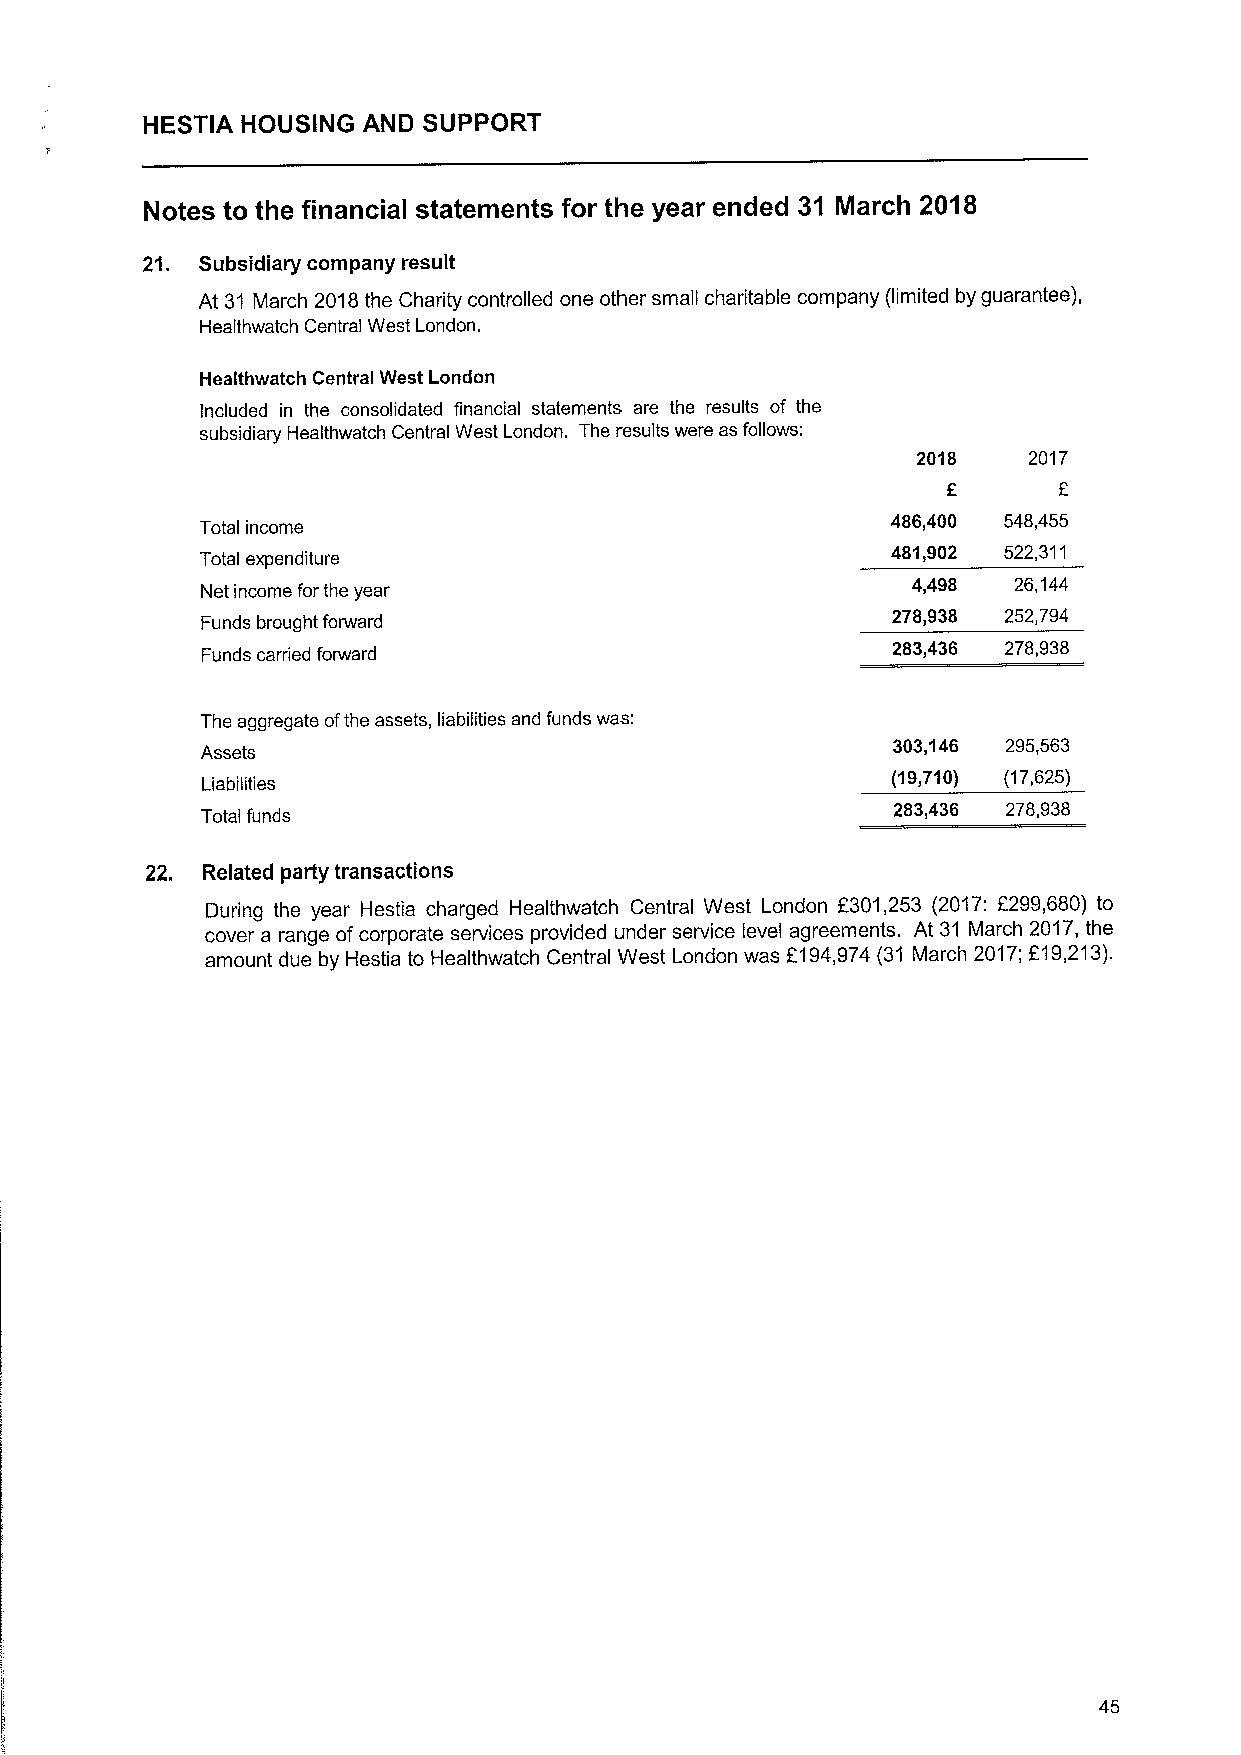
HESTIA HOUSING AND SUPPORT
 Notes to the financial statements for the year ended 31 March 2018
 21. Subsidiary company result
 At 31 March 2018the Charity controlled one other small charitable company (limited by guarantee),
 Healthwatch Central West London.
 Healthwatch Central West London
 Included in the consolidated financial statements are the results of the
 subsidiary Healthwatch Central West London. The results were as follows:
 2018   2017
 486,400 548,455
 Total income
 481,902 522,311
 Total expenditure
 Net income for the year
 4,498  26,144
 278,938 252,794
 Funds brought forward
 283,436 278,938
 Funds carried forward
 The aggregate ofthe assets, liabilities and funds was:
 303,146 295,563
 Assets
 (19,710) (17,625)
 Liabilities
 283,436 278,938
 Total funds
 22. Related party transactions
 During the year Hestia charged Healthwatch Central West London f301,253 (2017: 2299,680) to
 cover a range ofcorporate services provided under service level agreements. At 31 March 2017,the
 amount due by Hestia to Healthwatch Central West London was 2194,974 (31 March 2017;219,213).
 45